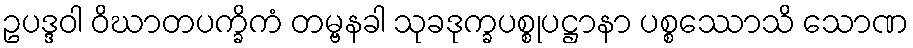
ဥပဒ္ဒဝါ ဝိဃာတပက္ခိကံ တမ္ဗနခါ သုခဒုက္ခပစ္စုပဋ္ဌာနာ ပစ္စဿောသိ သောဏ